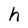
Character: h